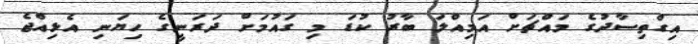
އިގްތިސާދުގެ މައްޗަށް އަމިއްލަ ބާރު ކުޑަ މި ގައުމަށް ދަރަނީގެ ހިޔަނި އެޅިއްޖެ